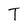
Character: T